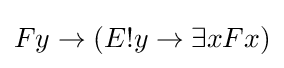
Fy\rightarrow (E!y\rightarrow \exists xFx)